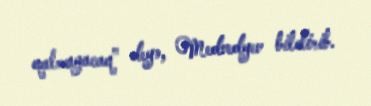
qalmayacaq” deyə, Medvedyev bildirib.